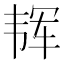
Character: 𱂈